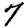
Digit: 7